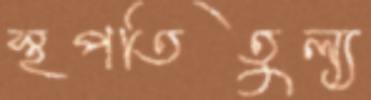
স্থপতিতুল্য